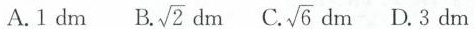
A.1dm B. $$\sqrt{2}dm$$ C.√ $$\sqrt{6}dm$$ D.3dm